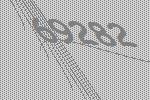
69282